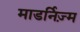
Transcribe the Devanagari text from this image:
माडर्निज़्म